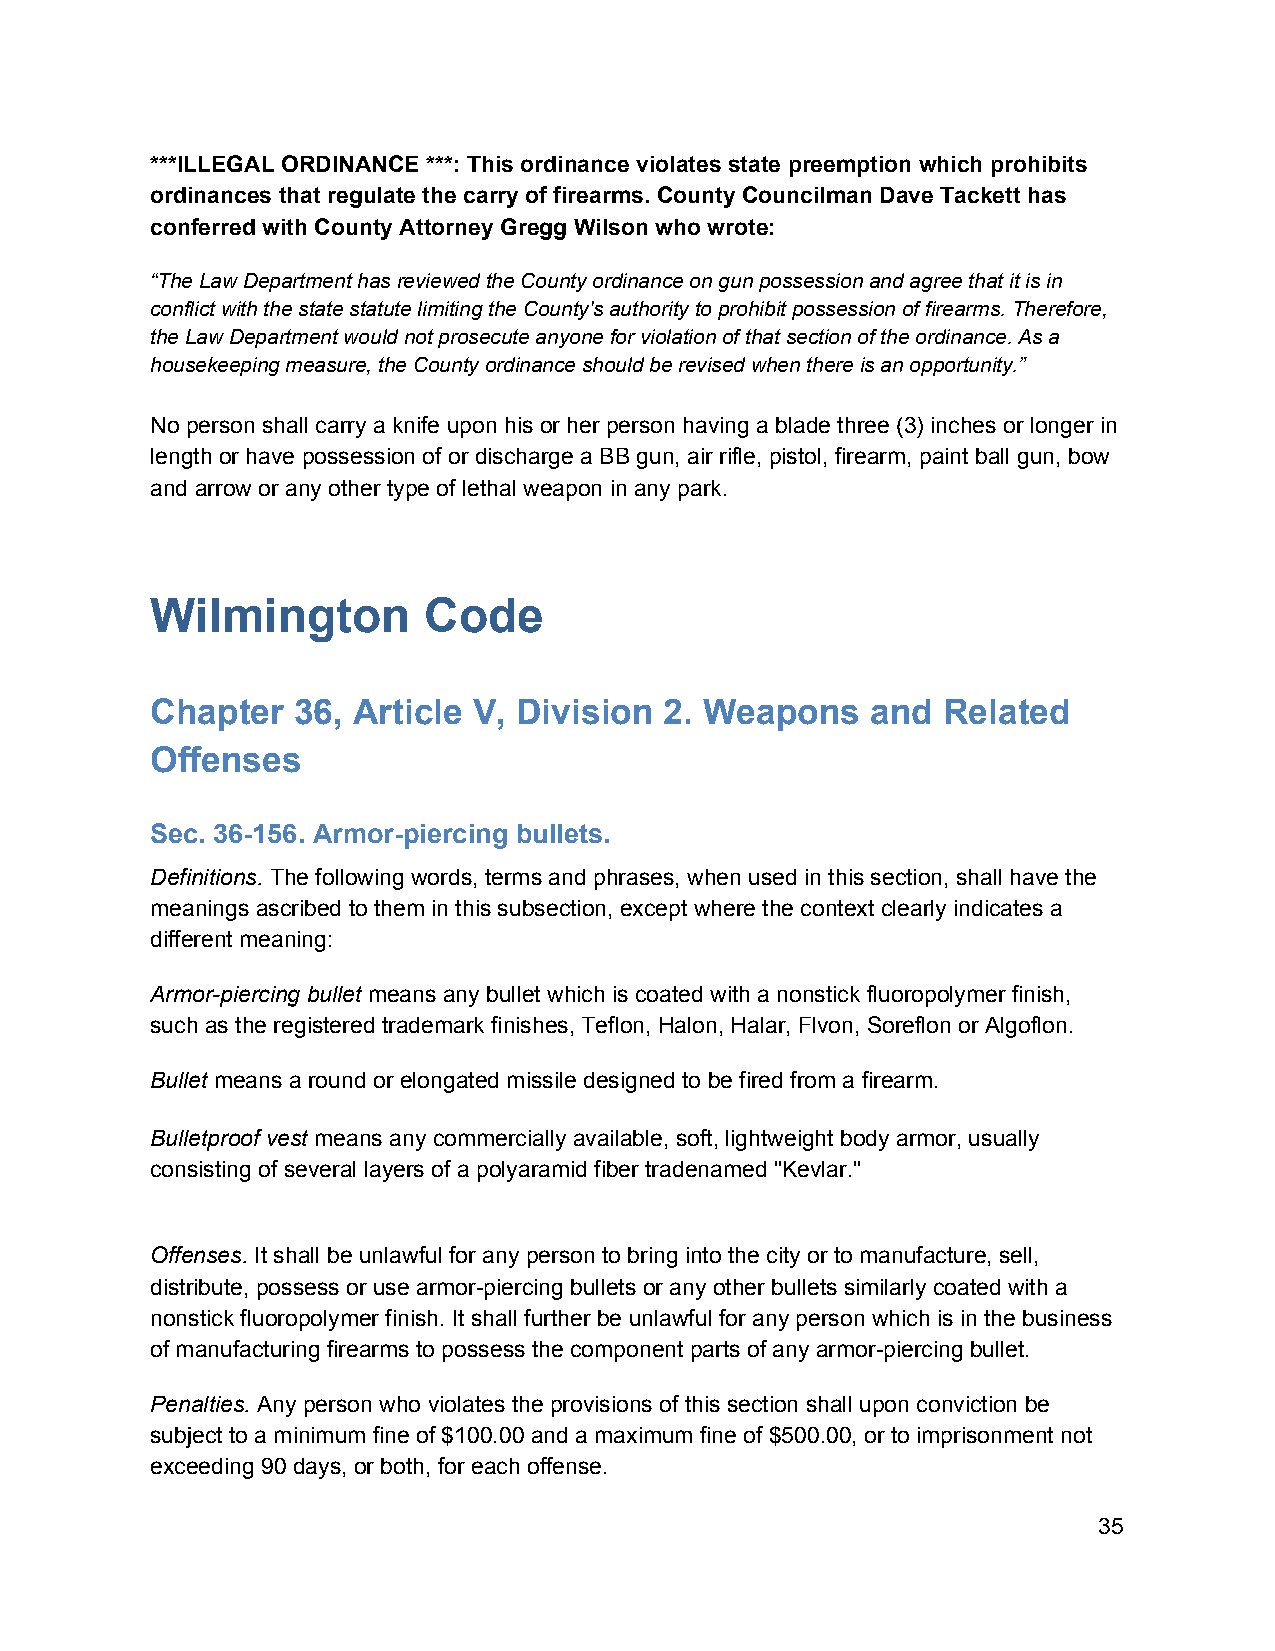
***ILLEGAL ORDINANCE ***: This ordinance violates state preemption which prohibits
 ordinances that regulate the carry of firearms. County Councilman Dave Tackett has
 conferred with County Attorney Gregg Wilson who wrote:
 “The Law Department has reviewed the County ordinance on gun possession and agree that it is in
 conflict with the state statute limiting the County's authority to prohibit possession of firearms. Therefore,
 the Law Department would not prosecute anyone for violation of that section of the ordinance. As a
 housekeeping measure, the County ordinance should be revised when there is an opportunity.”
 No person shall carry a knife upon his or her person having a blade three (3) inches or longer in
 length or have possession of or discharge a BB gun, air rifle, pistol, firearm, paint ball gun, bow
 and arrow or any other type of lethal weapon in any park.
 Wilmington        Code
 Chapter  36, Article V, Division  2. Weapons    and Related
 Offenses
 Sec. 36-156. Armor-piercing bullets.
 Definitions. The following words, terms and phrases, when used in this section, shall have the
 ​
 meanings ascribed to them in this subsection, except where the context clearly indicates a
 different meaning:
 Armor-piercing bullet means any bullet which is coated with a nonstick fluoropolymer finish,
 ​
 such as the registered trademark finishes, Teflon, Halon, Halar, Flvon, Soreflon or Algoflon.
 Bullet means a round or elongated missile designed to be fired from a firearm.
 ​
 Bulletproof vest means any commercially available, soft, lightweight body armor, usually
 ​
 consisting of several layers of a polyaramid fiber tradenamed "Kevlar."
 Offenses. It shall be unlawful for any person to bring into the city or to manufacture, sell,
 ​
 distribute, possess or use armor-piercing bullets or any other bullets similarly coated with a
 nonstick fluoropolymer finish. It shall further be unlawful for any person which is in the business
 of manufacturing firearms to possess the component parts of any armor-piercing bullet.
 Penalties. Any person who violates the provisions of this section shall upon conviction be
 ​
 subject to a minimum fine of $100.00 and a maximum fine of $500.00, or to imprisonment not
 exceeding 90 days, or both, for each offense.
 35